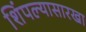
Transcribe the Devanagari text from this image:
शिंपल्यासारखा